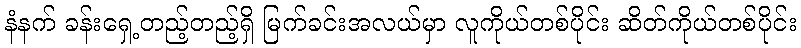
နံနက် ခန်းရှေ့တည့်တည့်ရှိ မြက်ခင်းအလယ်မှာ လူကိုယ်တစ်ပိုင်း ဆိတ်ကိုယ်တစ်ပိုင်း